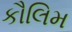
કૌલિમ